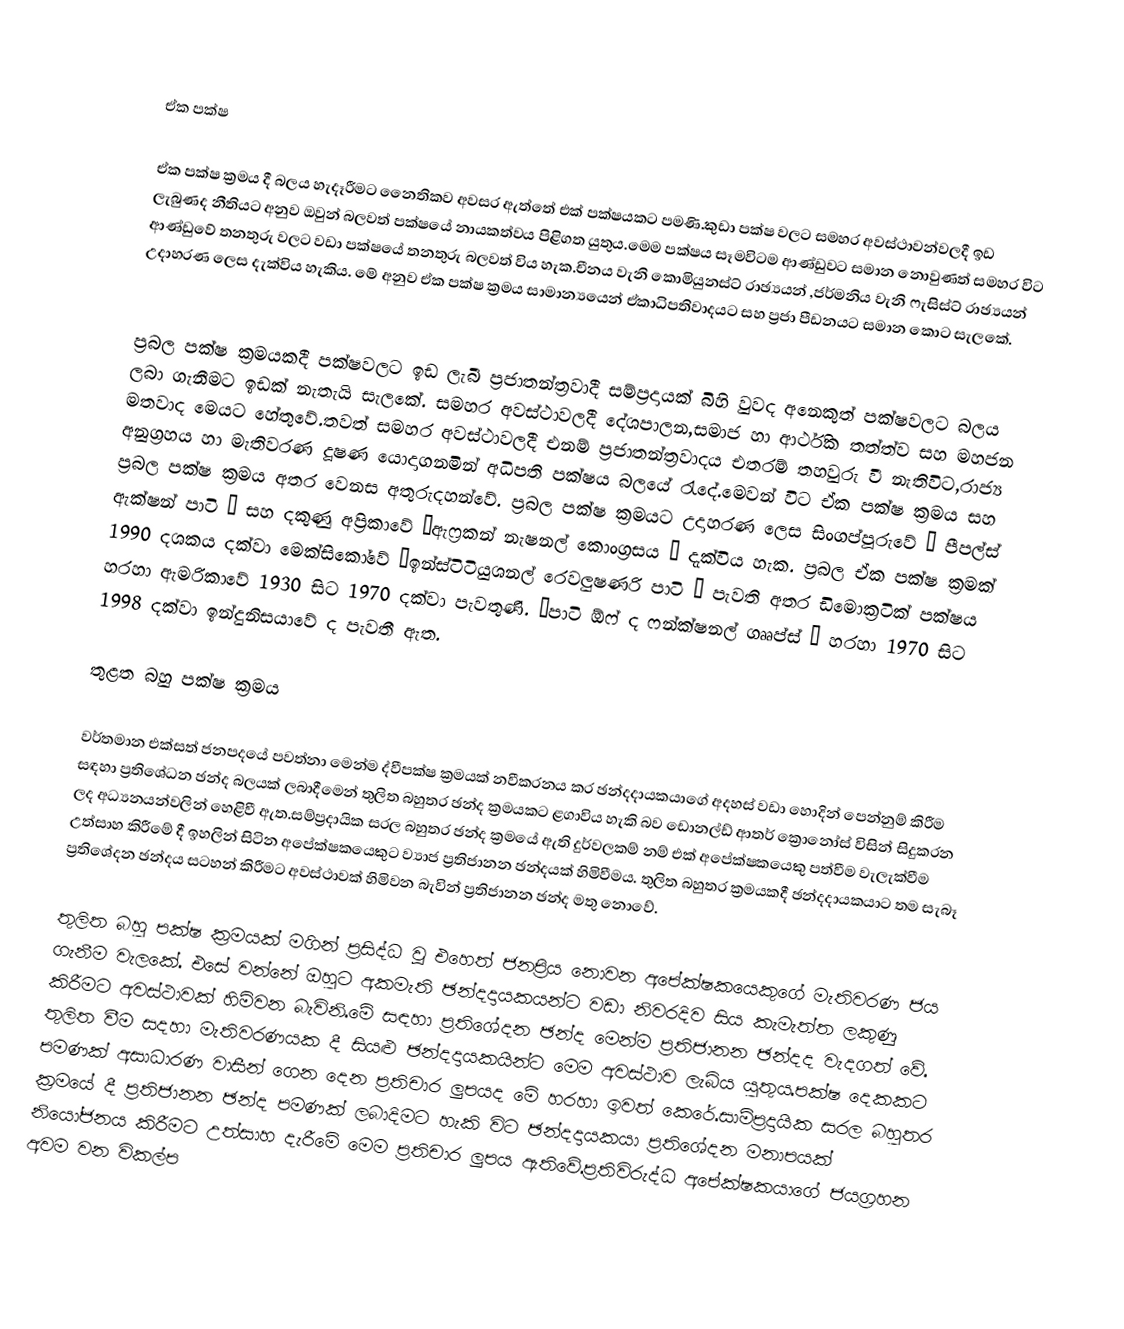

ඒක පක්ෂ

ඒක පක්ෂ ක්‍රමය දී බලය හැදෑරීමට ‍නෛතිකව අවසර ඇත්තේ එක් පක්ෂයකට පමණි.කුඩා පක්ෂ වලට සමහර අවස්ථාවන්වලදී ඉඩ ලැබුණද නීතියට අනුව ඔවුන් බලවත් පක්ෂයේ නායකත්වය පිළිගත යුතුය.මෙම පක්ෂය සෑමවිටම ආණ්ඩුවට සමාන නොවුණත් සමහර විට ආණ්ඩුවේ තනතුරු වලට වඩා පක්ෂයේ තනතුරු බලවත් විය හැක.චීනය වැනි කොමියුනස්ට් රාඡ්‍යයන් ,ජර්මනිය වැනි ෆැසිස්ට් රාඡ්‍යයන් උදාහරණ ලෙස දැක්විය හැකිය. මේ අනුව ඒක පක්ෂ ක්‍රමය සාමාන්‍යයෙන් ඒකාධිපතිවාදයට සහ ප්‍රජා පීඩනයට සමාන කොට සැලකේ.

ප්‍රබල පක්ෂ ක්‍රමයකදී පක්ෂවලට ඉඩ ලැබී ප්‍රජාතන්ත්‍රවාදී සම්ප්‍රදායක් බිහි වුවද අනෙකුත් පක්ෂවලට බලය ලබා ගැනීමට ඉඩක් නැතැයි සැලකේ. සමහර අවස්ථාවලදී දේශපාලන,සමාජ හා ආර්ථික තත්ත්ව සහ මහජන මතවාද මෙයට හේතුවේ.තවත් සමහර අවස්ථාවලදී එනම් ප්‍රජාතන්ත්‍රවාදය එතරම් තහවුරු වී නැතිවිට,රාජ්‍ය අනුග්‍රහය හා මැතිවරණ දූෂණ යොදාගනමින් අධිපති පක්ෂය බලයේ රැදේ.මෙවන් විට ඒක පක්ෂ ක්‍රමය සහ ප්‍රබල පක්ෂ ක්‍රමය අතර වෙනස අතුරුදහන්වේ. ප්‍රබල පක්ෂ ක්‍රමයට උදාහරණ ලෙස සිංගප්පූරුවේ “ පීපල්ස් ඇක්ෂන් පාටි ” සහ දකුණු අප්‍රිකාවේ “ඇෆ්‍රකන් නැෂනල් කොංග්‍රසය ” දැක්විය හැක. ප්‍රබල ඒක පක්ෂ ක්‍රමක් 1990 දශකය දක්වා මෙක්සිකෝවේ “ඉන්ස්ටිටියුශනල් රෙවලුෂණරි පාටි ” පැවති අතර ඩි‍මොක්‍රටික් පක්ෂය හරහා ඇමරිකාවේ 1930 සිට 1970 දක්වා පැවතුණි. “පාටි ඕෆ් ද ෆන්ක්ෂනල් ගෲප්ස් ” හරහා 1970 සිට 1998 දක්වා ඉන්දුනිසයාවේ ද පැවතී ඇත.

තුළත බහු පක්ෂ ක්‍රමය

වර්තමාන එක්සත් ජනපදයේ පවත්නා මෙන්ම ද්වීපක්ෂ ක්‍රමයක් නවීකරනය කර ඡන්දදායකයාගේ අදහස් වඩා හොදින් පෙන්නුම් කිරීම සඳහා ප්‍රතිශේධන ඡන්ද බලයක් ලබාදීමෙන් තුලිත බහුතර ඡන්ද ක්‍රමයකට ළගාවිය හැකි බව ඩොනල්ඩ් ආතර් ක්‍රොනෝස් විසින් සිදුකරන ලද අධ්‍යනයන්වලින් හෙළිවී ඇත.සම්ප්‍රදායික සරල බහුතර ඡන්ද ක්‍රමයේ ඇති දුර්වලකම් නම් එක් අපේක්ෂකයෙකු පත්වීම වැලැක්වීම උත්සාහ කිරීමේ දී ඉහලින් සිටින අපේක්ෂකයෙකුට ව්‍යාජ ප්‍රතිජානන ඡන්දයක් හිමිවීමය. තුලිත බහුතර ක්‍රමයකදී ඡන්දදායකයාට තම සැබෑ ප්‍රතිශේදන ඡන්දය සටහන් කිරීමට අවස්ථාවක් හිමිවන බැවින් ප්‍රතිජානන ඡන්ද මතු නොවේ.

තුලිත බහු පක්ෂ ක්‍රමයක් මගින් ප්‍රසිද්ධ වූ එහෙත් ජනප්‍රිය නොවන අපේක්ෂකයෙකුගේ මැතිවරණ ජය ගැනීම වැල‍කේ. එසේ වන්නේ ඔහුට අකමැති ඡන්දදායකයන්ට වඩා නිවරදිව සිය කැමැත්ත ලකුණු කිරීමට අවස්ථාවක් හිමිවන බැවිනි.මේ සඳහා ප්‍රතිශේදන ඡන්ද මෙන්ම ප්‍රතිජානන ඡන්දද වැදගත් වේ. තුලිත වීම සදහා මැතිවරණයක දී සියළු ඡන්දදායකයින්ට මෙම අවස්ථාව ලැබිය යුතුය.පක්ෂ දෙකකට පමණක් අසාධාරණ වාසීන් ගෙන දෙන ප්‍රතිචාර ලුපයද මේ හරහා ඉවත් කෙරේ.සාම්ප්‍රදායික සරල බහුතර ක්‍රමයේ දී ප්‍රතිජානන ඡන්ද පමණක් ලබාදිමට හැකි විට ඡන්දදායකයා ප්‍රතිශේදන මනාපයක් නියෝජනය කිරීමට උත්සාහ දැරීමේ මෙම ප්‍රතිචාර ලුපය ඇතිවේ.ප්‍රතිවිරුද්ධ අපේක්ෂකයාගේ ජයග්‍රහන අවම වන විකල්ප